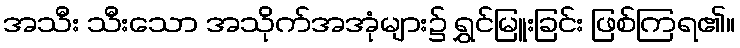
အသီး သီးသော အသိုက်အအုံများ၌ ရွှင်မြူးခြင်း ဖြစ်ကြရ၏။